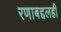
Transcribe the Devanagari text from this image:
रणाबद्दलही